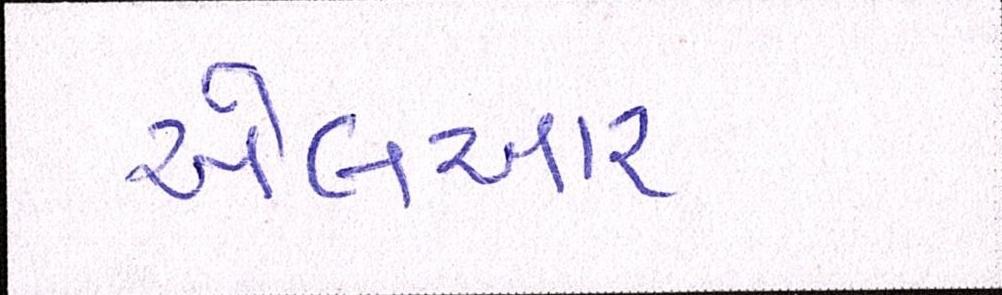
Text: એલઆર